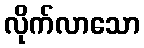
လိုက်လာသော